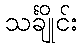
သင်္ချိုင်း